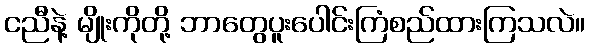
ငညီနဲ့ မျိုးကိုတို့ ဘာတွေပူးပေါင်းကြံစည်ထားကြသလဲ။